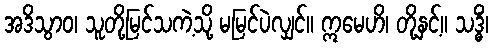
အဒိသွာဝ၊ သူတို့မြင်သကဲ့သို့ မမြင်ပဲလျှင်။ ဣမေဟိ၊ တို့နှင့်။ သဒ္ဓိံ၊